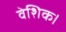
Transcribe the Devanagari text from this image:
वेशिक।